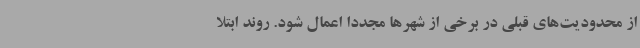
از محدودیت‌های قبلی در برخی از شهرها مجدداً اعمال شود. روند ابتلا